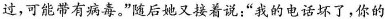
过，可能带有病毒。”随后她又接着说：”我的电话坏了，你的